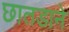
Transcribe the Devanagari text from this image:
छातडाने